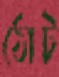
ঠোট